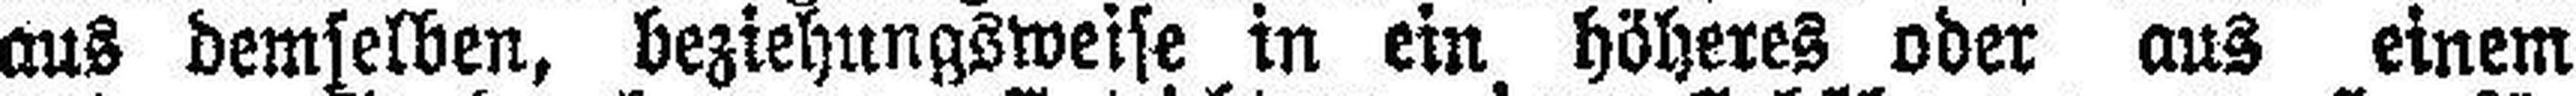
aus demselben, beziehungsweise in ein höheres oder aus einem